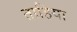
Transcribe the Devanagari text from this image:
ताहिया